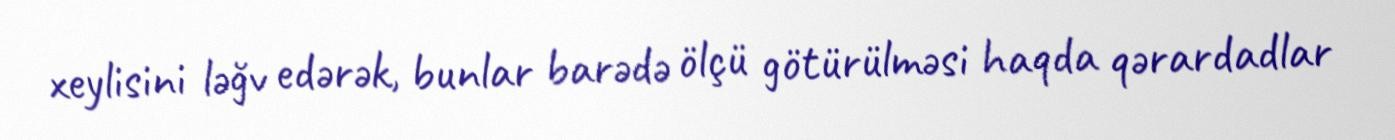
xeylisini ləğv edərək, bunlar barədə ölçü götürülməsi haqda qərardadlar